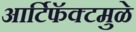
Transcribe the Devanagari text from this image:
आर्टिफॅक्टमुळे